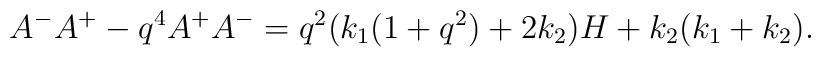
A^-A^+-q^4A^+A^-=q^2(k_1(1+q^2)+2k_2 )H+k_2(k_1+k_2).